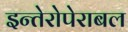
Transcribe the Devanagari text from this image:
इन्तेरोपेराबल